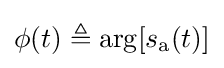
\phi (t)\triangleq \arg \!\left[s_{\mathrm {a} }(t)\right]